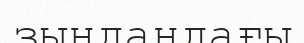
зындандағы